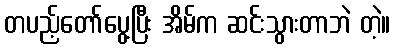
တပည့်တော်ပွေ့ပြီး အိမ်က ဆင်းသွားတာဘဲ တဲ့။